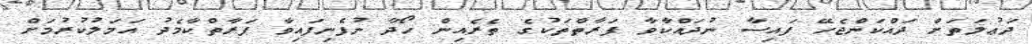
ދަޢުލަތަށް ދައްކަންޖެހޭ ފައިސާ ނުދައްކާވާ ފަރާތްތަކުގެ ތެރެއިން ހޯދާ ނުފެނިފައިވާ ފަރާތްކާމެދު އަމަލުކުރުމަށް